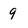
Character: 9